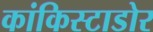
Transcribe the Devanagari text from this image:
कांकिस्टाडोर